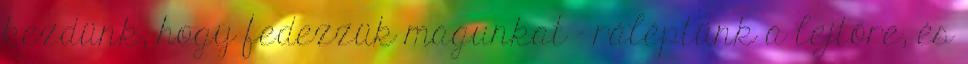
kezdünk, hogy fedezzük magunkat – ráléptünk a lejtőre, és